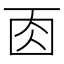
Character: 𠀬